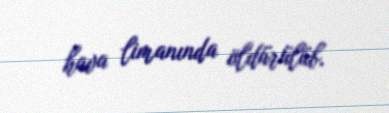
hava limanında öldürülüb.